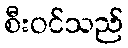
စီးဝင်သည်